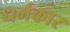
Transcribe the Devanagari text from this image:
धर्मकार